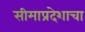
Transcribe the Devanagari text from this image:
सीमाप्रदेशाचा